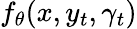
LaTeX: f_{\theta}(x,y_{t},\gamma_{t})